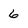
Character: 6